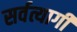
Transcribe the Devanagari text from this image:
सर्वत्यागी